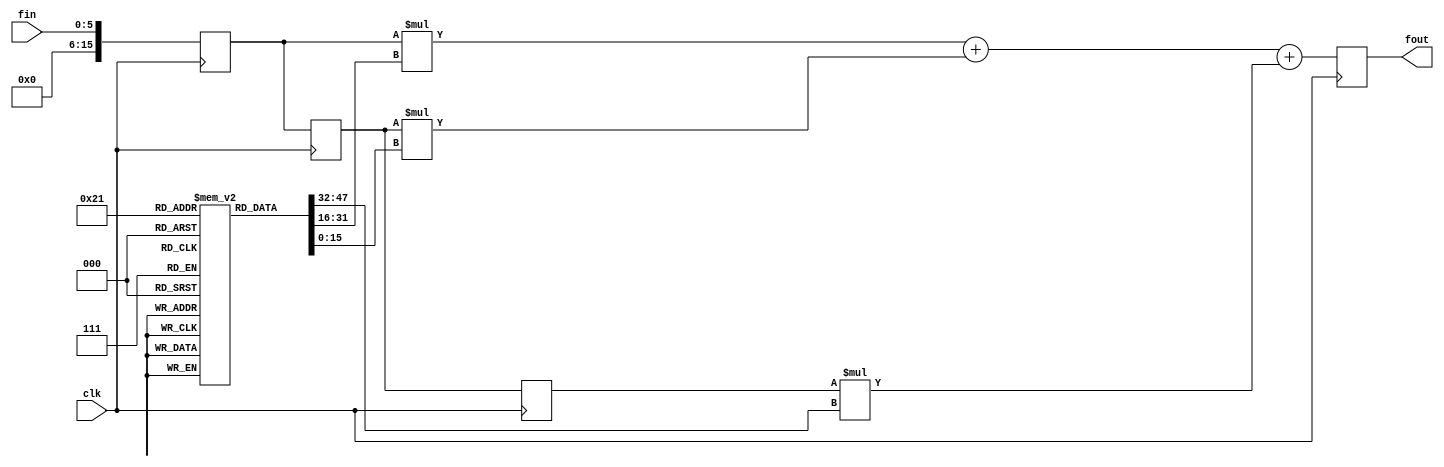
module fir(fout,fin,clk);
input [5:0]fin;
input clk;
output reg[31:0] fout;
reg[15:0] b[0:2];
reg [15:0] shift[0:2];
initial
  begin
  b[0]<=16'd1;
  b[1]<=16'd1;
  b[2]<=16'd1;
  end
always@(posedge clk)
  begin
shift[0]<=fin;
shift[1]<=shift[0];
shift[2]<=shift[1];
  end    
always@(posedge clk)
  begin
fout<= ((shift[0]*b[0])+(shift[1]*b[1])+(shift[2]*b[2]));
  end
endmodule